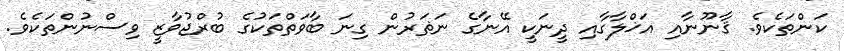
ކަންތަކެވެ. ޤާނޫނާއި އަޚްލާގާއި ދީނަކީ އޭނާގެ ނަޡަރުން ގިނަ ބާވަތްތަކުގެ ބުރްޖުވާޒީ ވިސްނުންތަކެވެ.